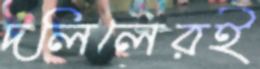
দলিলেরই